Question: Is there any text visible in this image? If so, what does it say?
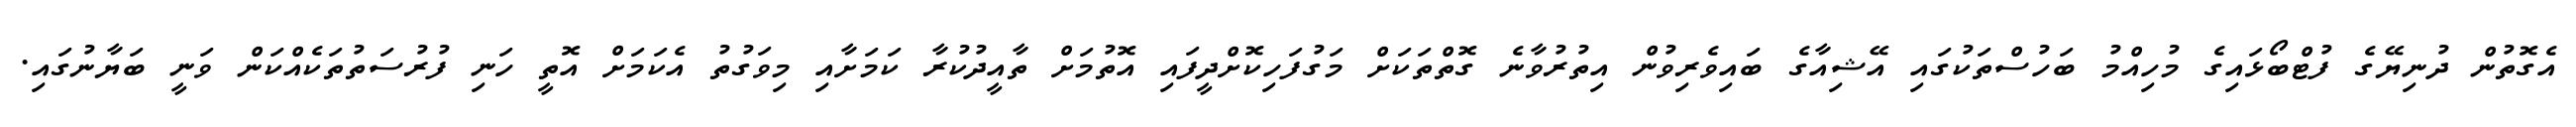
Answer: އެގޮތުން ދުނިޔޭގެ ފުޓްބޯޅައިގެ މުހިއްމު ބަހުސްތަކުގައި އޭޝިއާގެ ބައިވެރިވުން އިތުރުވާނެ ގޮތްތަކަށް މަގުފަހިކޮށްދީފައި އޮތުމަށް ތާއީދުކުރާ ކަމަށާއި މިވަގުތު އެކަމަށް އޮތީ ހަނި ފުރުސަތުތަކެއްކަން ވަނީ ބަޔާނުގައި.